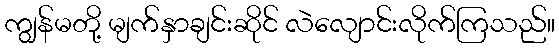
ကျွန်မတို့ မျက်နှာချင်းဆိုင် လဲလျောင်းလိုက်ကြသည်။